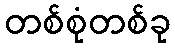
တစ်စုံတစ်ခု